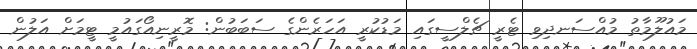
މައުލޫމާތު މުއްސަނދިވި ޓެރީ ޗެލްސީގައި މަޑުކުރީ އަހަރެންގެ ސަބަބުން: މޮރީނިއޯގައުމީ ޓީމަށް އަލުން